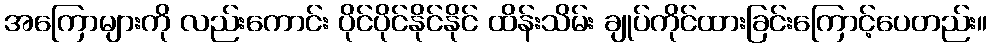
အကြောများကို လည်းကောင်း ပိုင်ပိုင်နိုင်နိုင် ထိန်းသိမ်း ချုပ်ကိုင်ထားခြင်းကြောင့်ပေတည်း။